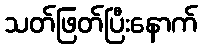
သတ်ဖြတ်ပြီးနောက်